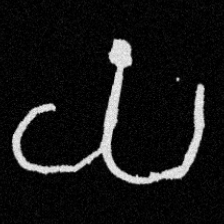
Pyu character \u2014 Myanmar letter: ယ (romanized: ya)